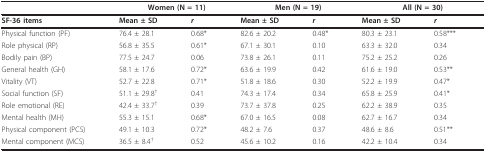
<table><thead><tr><td>[EMPTY_CELL]</td><td colspan="2"><b>Women (N = 11)</b></td><td colspan="2"><b>Men (N = 19)</b></td><td colspan="2"><b>All (N = 30)</b></td></tr></thead><tbody><tr><td><b>SF-36 items</b></td><td><b>Mean ± SD</b></td><td><b><i>r</i></b></td><td><b>Mean ± SD</b></td><td><b><i>r</i></b></td><td><b>Mean ± SD</b></td><td><b><i>r</i></b></td></tr><tr><td>Physical function (PF)</td><td>76.4 ± 28.1</td><td>0.68*</td><td>82.6 ± 20.2</td><td>0.48*</td><td>80.3 ± 23.1</td><td>0.58***</td></tr><tr><td>Role physical (RP)</td><td>56.8 ± 35.5</td><td>0.61*</td><td>67.1 ± 30.1</td><td>0.10</td><td>63.3 ± 32.0</td><td>0.34</td></tr><tr><td>Bodily pain (BP)</td><td>77.5 ± 24.7</td><td>0.06</td><td>73.8 ± 26.1</td><td>0.11</td><td>75.2 ± 25.2</td><td>0.26</td></tr><tr><td>General health (GH)</td><td>58.1 ± 17.6</td><td>0.72*</td><td>63.6 ± 19.9</td><td>0.42</td><td>61.6 ± 19.0</td><td>0.53**</td></tr><tr><td>Vitality (VT)</td><td>52.7 ± 22.8</td><td>0.71*</td><td>51.8 ± 18.6</td><td>0.30</td><td>52.2 ± 19.9</td><td>0.47*</td></tr><tr><td>Social function (SF)</td><td>51.1 ± 29.8<sup>†</sup></td><td>0.41</td><td>74.3 ± 17.4</td><td>0.34</td><td>65.8 ± 25.9</td><td>0.41*</td></tr><tr><td>Role emotional (RE)</td><td>42.4 ± 33.7<sup>†</sup></td><td>0.39</td><td>73.7 ± 37.8</td><td>0.25</td><td>62.2 ± 38.9</td><td>0.35</td></tr><tr><td>Mental health (MH)</td><td>55.3 ± 15.1</td><td>0.68*</td><td>67.0 ± 16.5</td><td>0.08</td><td>62.7 ± 16.7</td><td>0.34</td></tr><tr><td>Physical component (PCS)</td><td>49.1 ± 10.3</td><td>0.72*</td><td>48.2 ± 7.6</td><td>0.37</td><td>48.6 ± 8.6</td><td>0.51**</td></tr><tr><td>Mental component (MCS)</td><td>36.5 ± 8.4<sup>†</sup></td><td>0.52</td><td>45.6 ± 10.2</td><td>0.16</td><td>42.2 ± 10.4</td><td>0.34</td></tr></tbody></table>